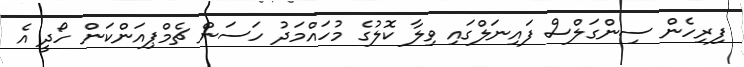
ފިރިހެން ސިންގަލްސް ފައިނަލްގައި ވިލާ ކޮލުގެ މުހައްމަދު ހަސަން ޗެމްޕިއަންކަން ހޯދީ އެ